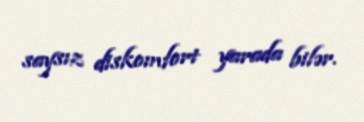
saysız diskomfort yarada bilər.